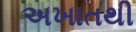
અખાતથી